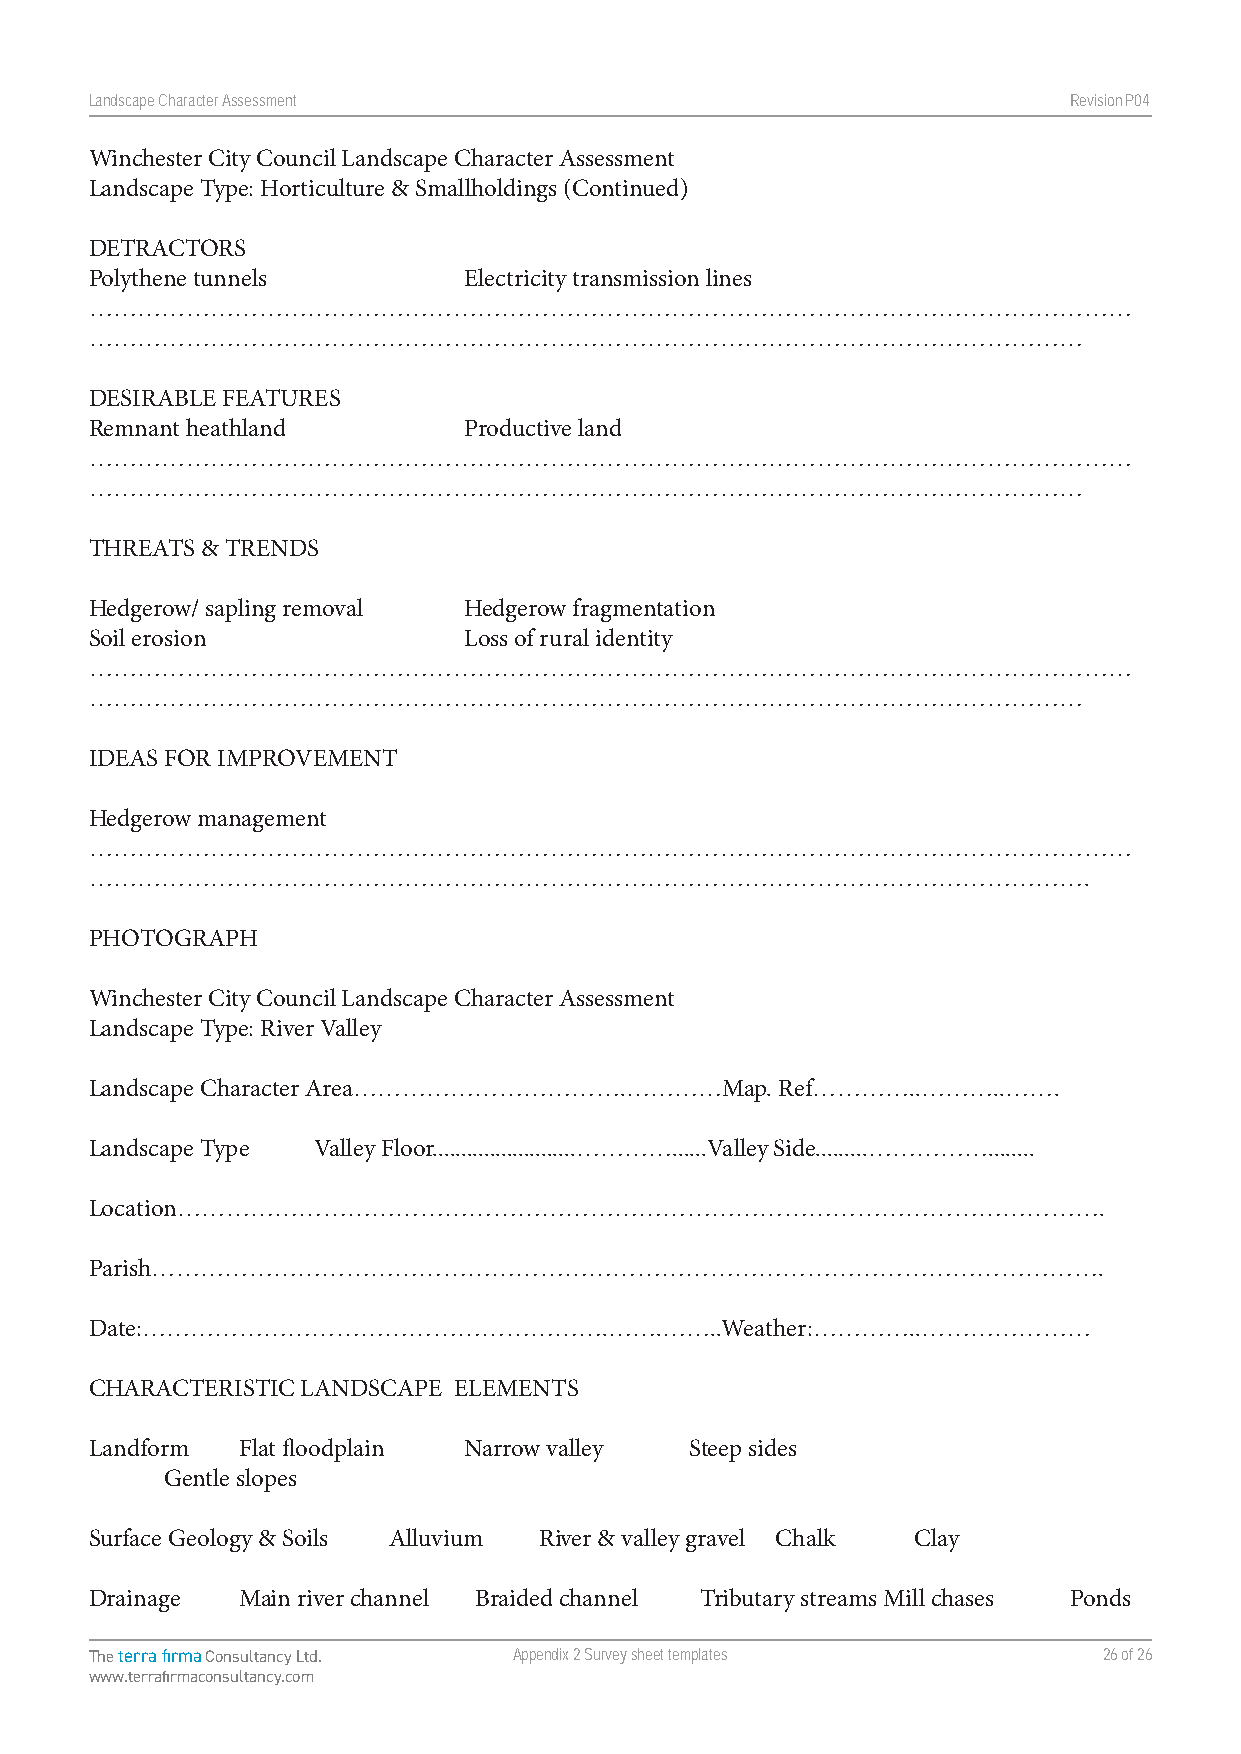
Landscape Character Assessment                                   RevisionP047
 Winchester City Council Landscape Character Assessment
 Landscape Type: Horticulture & Smallholdings (Continued)
 DETRACTORS
 Polythene tunnels        Electricity transmission lines
 …………………………………………………………………………………………………………………
 ……………………………………………………………………………………………………………
 DESIRABLE FEATURES
 Remnant heathland        Productive land
 …………………………………………………………………………………………………………………
 ……………………………………………………………………………………………………………
 THREATS & TRENDS
 Hedgerow/ sapling removal Hedgerow fragmentation
 Soil erosion             Loss of rural identity
 …………………………………………………………………………………………………………………
 ……………………………………………………………………………………………………………
 IDEAS FOR IMPROVEMENT
 Hedgerow management
 …………………………………………………………………………………………………………………
 …………………………………………………………………………………………………………….
 PHOTOGRAPH
 Winchester City Council Landscape Character Assessment
 Landscape Type: River Valley
 Landscape Character Area…………………………….…………Map.  Ref…………..………..…….
 Landscape Type Valley Floor.........................…………......Valley Side.........……………........
 Location…………………………………………………………………………………………………….
 Parish……………………………………………………………………………………………………….
 Date:………………………………………………….…….……..Weather:…………..…………………
 CHARACTERISTIC LANDSCAPE ELEMENTS
 Landform  Flat floodplain Narrow valley Steep sides
 Gentle slopes
 Surface Geology & Soils Alluvium River & valley gravel Chalk Clay
 Drainage  Main river channel Braided channel Tributary streams Mill chases Ponds
 The terra firma Consultancy Ltd. Appendix 2 Survey sheet templates 26 of 26
 www.terrafirmaconsultancy.com